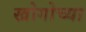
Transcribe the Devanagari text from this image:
खोगोच्या